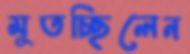
মুতচ্ছিলেন